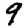
Digit: 9